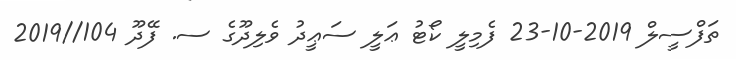
ތަފްސީލް 2019-10-23 ފެމިލީ ކޯޓު ޢަލީ ސަޢީދު ވެލިދޫގެ ސ. ފޭދޫ 104//2019